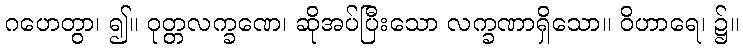
ဂဟေတွာ၊ ၍။ ဝုတ္တလက္ခဏေ၊ ဆိုအပ်ပြီးသော လက္ခဏာရှိသော။ ဝိဟာရေ၊ ၌။